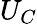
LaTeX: U_{C}